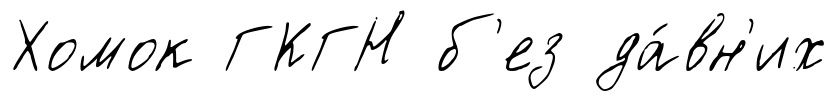
Хомок ГКГН б'ез да́вн'их